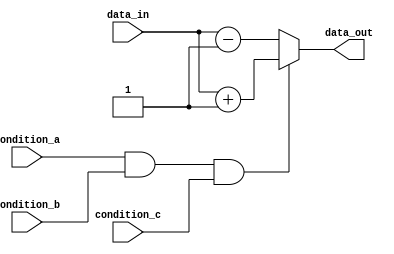
module behavioral_block (
    input condition_a,
    input condition_b,
    input condition_c,
    input data_in,
    output reg data_out
);

always @ (*) begin
    if (condition_a && condition_b && condition_c) begin
        // Set of operations when all conditions are true
        data_out = data_in + 1;
    end
    else begin
        // Different set of operations when conditions are not all true
        data_out = data_in - 1;
    end
end

endmodule